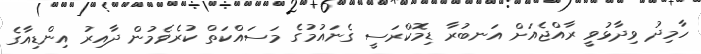
ހާމިދު ވިދާޅުވީ ރާއްޖެއަށް އަނބުރާ ޑިމޮކްރަސީ ގެނައުމުގެ މަސައްކަތް ކުރެވެމުން ދާއިރު އިންޑިއާގެ